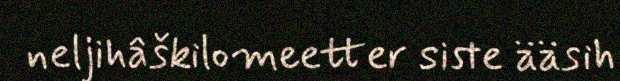
neljihâškilomeetter siste ääsih